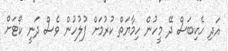
އަދި ހެކިބަސް ދޭ މީހުން ހިމާޔަތް ކުރުމަށް ފުލުހުން ވެސް ދަނީ ކޯޓަށް